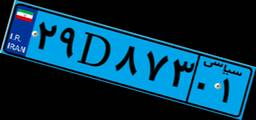
۰۵D۹۲۷۵۳